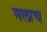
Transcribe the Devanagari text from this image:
मलाच